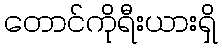
တောင်ကိုရီးယားရှိ